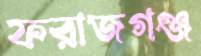
ফরাজগঞ্জ